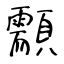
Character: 顬